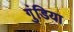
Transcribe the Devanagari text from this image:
गुंडिया